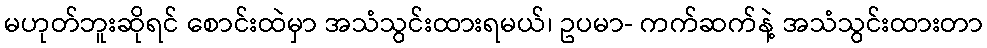
မဟုတ်ဘူးဆိုရင် စောင်းထဲမှာ အသံသွင်းထားရမယ်၊ ဥပမာ- ကက်ဆက်နဲ့ အသံသွင်းထားတာ